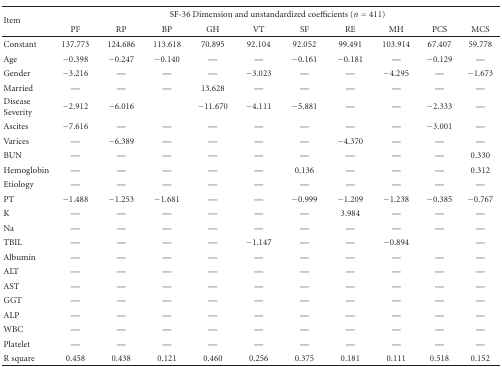
| <ROWSPAN=2> Item | <COLSPAN=10> SF-36 Dimension and unstandardized coefficients (n = 411) |
 | PF | RP | BP | GH | VT | SF | RE | MH | PCS | MCS |
 | --- | --- | --- | --- | --- | --- | --- | --- | --- | --- | --- |
 | Constant | 137.773 | 124.686 | 113.618 | 70.895 | 92.104 | 92.052 | 99.491 | 103.914 | 67.407 | 59.778 |
 | Age | −0.398 | −0.247 | −0.140 | — | — | −0.161 | −0.181 | — | −0.129 | — |
 | Gender | −3.216 | — | — | — | −3.023 | — | — | −4.295 | — | −1.673 |
 | Married | — | — | — | 13.628 | — | — | — | — | — | — |
 | Disease Severity | −2.912 | −6.016 |  | −11.670 | −4.111 | −5.881 | — | — | −2.333 | — |
 | Ascites | −7.616 | — | — | — | — | — | — | — | −3.001 | — |
 | Varices | — | −6.389 | — | — | — | — | −4.370 | — | — | — |
 | BUN | — | — | — | — | — | — | — | — | — | 0.330 |
 | Hemoglobin | — | — | — | — | — | 0.136 | — | — | — | 0.312 |
 | Etiology | — | — | — | — | — | — | — | — | — | — |
 | PT | −1.488 | −1.253 | −1.681 | — | — | −0.999 | −1.209 | −1.238 | −0.385 | −0.767 |
 | K | — | — | — | — | — | — | 3.984 | — | — | — |
 | Na | — | — | — | — | — | — | — | — | — | — |
 | TBIL | — | — | — | — | −1.147 | — | — | −0.894 |  | — |
 | Albumin | — | — | — | — | — | — | — | — | — | — |
 | ALT | — | — | — | — | — | — | — | — | — | — |
 | AST | — | — | — | — | — | — | — | — | — | — |
 | GGT | — | — | — | — | — | — | — | — | — | — |
 | ALP | — | — | — | — | — | — | — | — | — | — |
 | WBC | — | — | — | — | — | — | — | — | — | — |
 | Platelet | — | — | — | — | — | — | — | — | — | — |
 | R square | 0.458 | 0.438 | 0.121 | 0.460 | 0.256 | 0.375 | 0.181 | 0.111 | 0.518 | 0.152 |